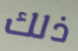
ذلك